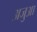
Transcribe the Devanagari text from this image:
अजुआ